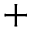
^ +